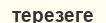
терезеге